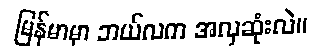
မြန်မာမှာ ဘယ်လက အလှဆုံးလဲ။